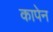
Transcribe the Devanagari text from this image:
कापेन